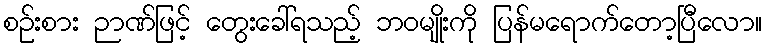
စဉ်းစား ဉာဏ်ဖြင့် တွေးခေါ်ရသည့် ဘဝမျိုးကို ပြန်မရောက်တော့ပြီလော။